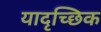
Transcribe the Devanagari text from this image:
यादृच्‍छिक